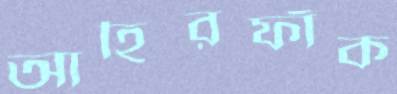
আহিরফাঁক